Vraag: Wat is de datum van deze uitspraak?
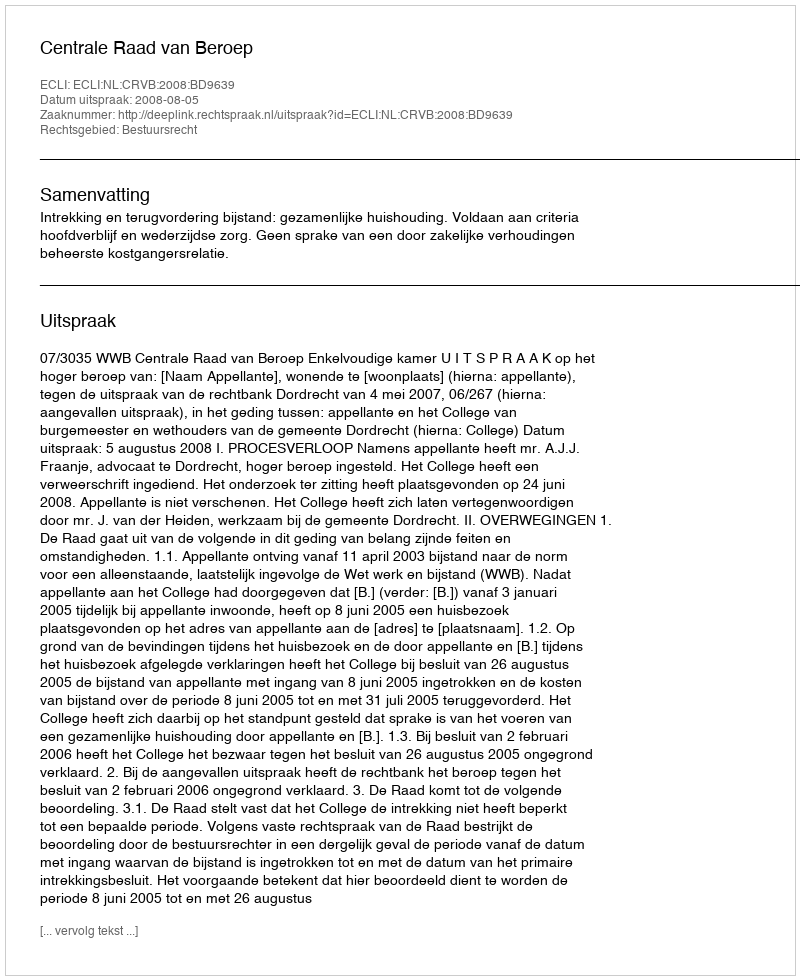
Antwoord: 2008-08-05